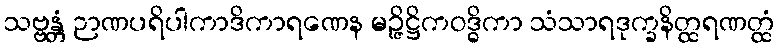
သဗ္ဗန္တံ ဉာဏပရိပါကာဒိကာရဏေန မဉ္ဇိဋ္ဌိကဝဒ္ဓိကာ သံသာရဒုက္ခနိတ္ထရဏတ္ထံ